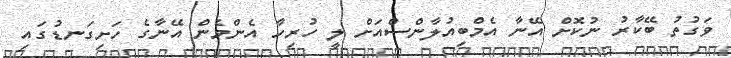
ވަގުތު ބޭކާރު ނުކޮށް އޭނާ އެމްބިއުލާންސްއަށް ލީ ހުރިހާ އެންމެން އޭނާގެ ހަށިގަނޑުގައި